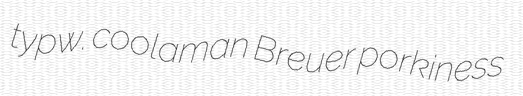
typw. coolaman Breuer porkiness